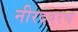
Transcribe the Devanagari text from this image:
नीरदवरण